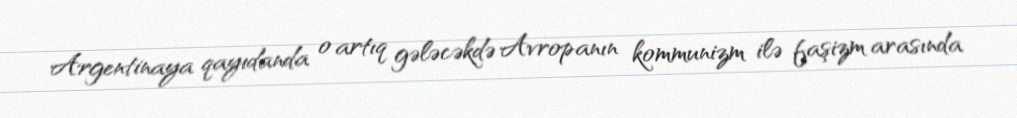
Argentinaya qayıdanda o artıq gələcəkdə Avropanın kommunizm ilə faşizm arasında